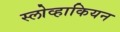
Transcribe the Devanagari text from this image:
स्लोव्हाकियन